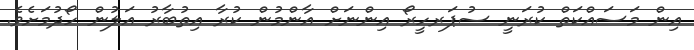
އިން މަސައްކަތް ކުރަނީ ސުޕަރހީރޯ އިންނަށް އާންމުން ކުރާ އިތުބާރު އަލުން ހޯދުމަށެވެ.